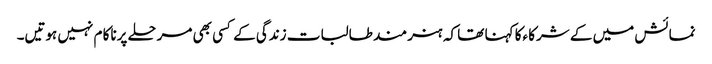
نمائش میں کے شرکا ءکا کہنا تھا کہ ہنر مند طالبات زندگی کے کسی بھی مرحلے پرناکا م نہیں ہوتیں۔